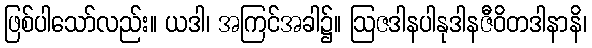
ဖြစ်ပါသော်လည်း။ ယဒါ၊ အကြင်အခါ၌။ ဩဇဒါနပါနုဒါနဇီဝိတဒါနာနိ၊